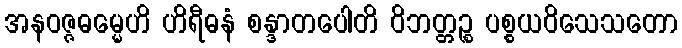
အနဝဇ္ဇဓမ္မေဟိ ဟိရီဓနံ စန္ဒာတပေါတိ ဝိဘတ္တဉ္စ ပစ္စယဝိသေသတော